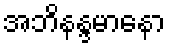
အဘိနန္ဒမာနော